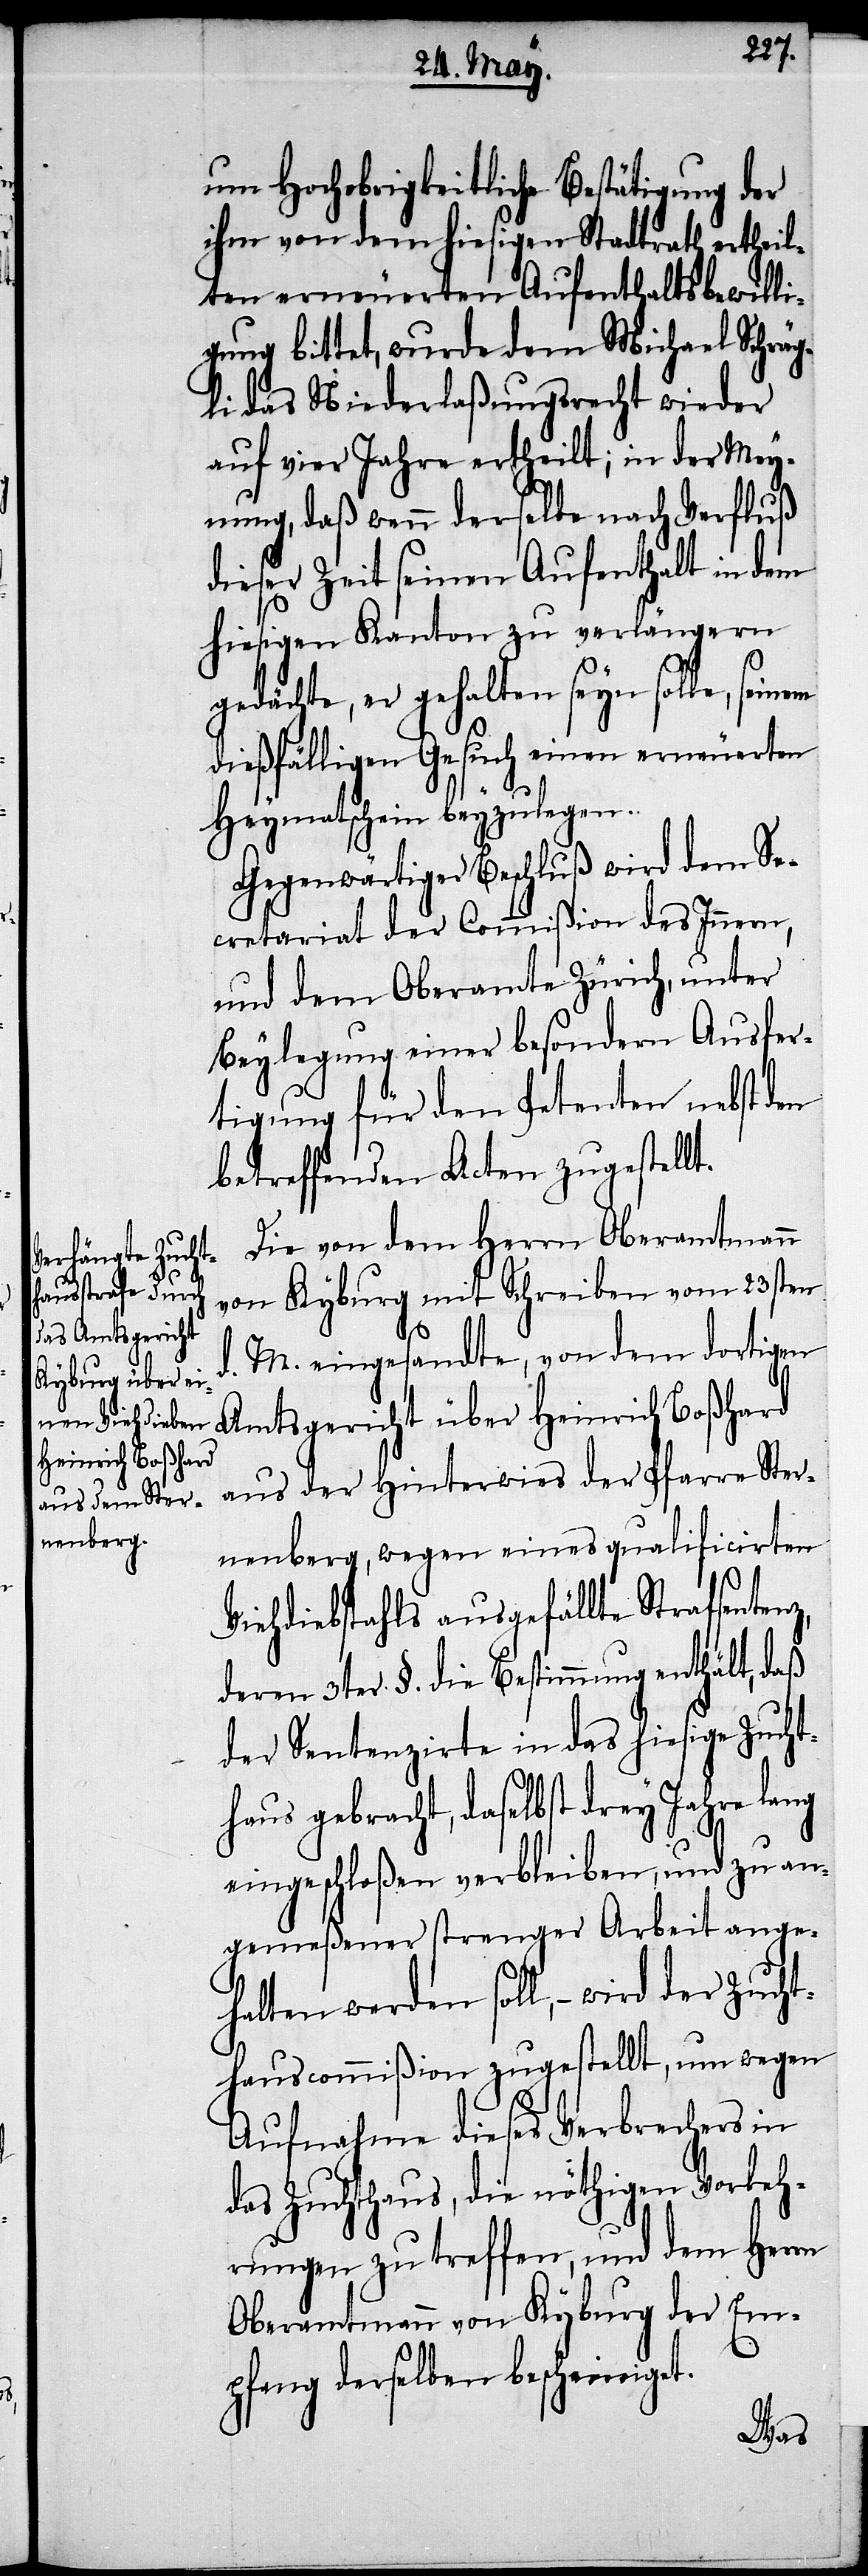
um Hochobrigkeitliche Bestätigung der
ihm von dem hiesigen Stadtrath ertheil¬
ten erneuerten Aufenthaltsbewilli¬
gung bittet, wurde dem Michael Schräg¬
li das Niederlaßungsrecht wieder
auf vier Jahre ertheilt; in der Mey¬
nung, daß wenn derselbe nach Verfluß
dieser Zeit seinen Aufenthalt in dem
hiesigen Kanton zu verlängern
gedächte, er gehalten seyn solle, seinem
dießfälligen Gesuch einen erneuerten
Heymathschein beyzulegen.
Gegenwärtiger Beschluß wird dem Se¬
cretariat der Commißion des Innern,
und dem Oberamte Zürich, unter
Beylegung einer besondern Ausfer¬
tigung für den Petenten nebst den
betreffenden Acten zugestellt.
Die von dem Herrn Oberamtmann
von Kyburg mit Schreiben vom 23sten
d.
Amtsgericht
M. eingesandte, von dem dortigen
Heinrich Boßhard
aus der Hinterwies der Pfarre Ster¬
nenberg, wegen eines qualificirten
Viehdiebstahls ausgefällte Strafsentenz,
deren 3ter §. die Bestimmung enthält, daß
der Sentenzirte in das hiesige Zucht¬
haus gebracht, daselbst drey Jahre lang
eingeschloßen verbleiben, und zu an¬
gemeßener strenger Arbeit ange¬
halten werden soll, – wird der Zuch¬
thauscommißion zugestellt, um wegen
Aufnahme dieses Verbrechers in
das Zuchthaus, die nöthigen Vorkeh¬
rungen zu treffen, und dem Herrn
Oberamtmann von Kyburg der Em¬
pfang derselben bescheiniget.